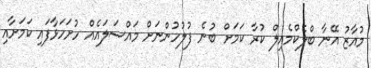
މުއާޒު އޭނާ ބްލެކްމެއިލް ކުރާ ކަމަށް ބުނެ ފުލުހުންނަށް މައްސަލައެއް ހުށަހަޅާފައި ކަމަށާއި